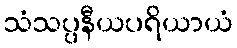
သံသပ္ပနီယပရိယာယံ